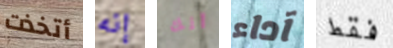
أتخذت إنه أنك آداء فقط